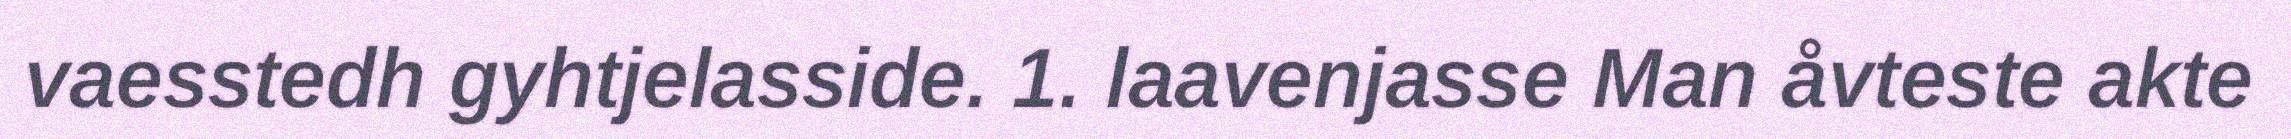
vaesstedh gyhtjelasside. 1. laavenjasse Man åvteste akte